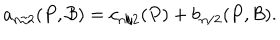
a _ { n / 2 } ( P , { \cal B } ) = c _ { n / 2 } ( P ) + b _ { n / 2 } ( P , { \cal B } ) .